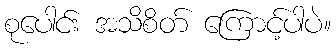
စုပေါင်း အသိစိတ် ကြောင့်ပါပဲ။